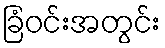
ခြံဝင်းအတွင်း